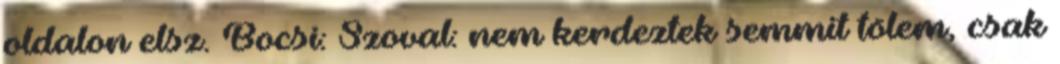
oldalon elsz. Bocsi: Szoval: nem kerdeztek semmit tölem, csak